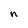
Character: n